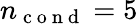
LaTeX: n_{\mathrm{~c~o~n~d~}}=5